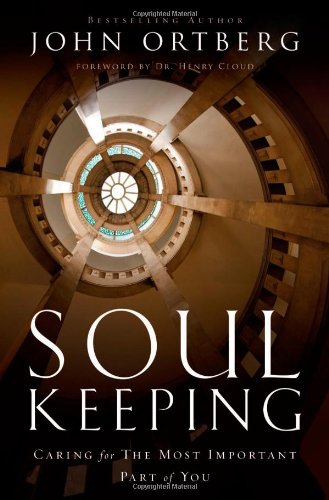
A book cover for Soul Keeping: Caring For the Most Important Part of You; John Ortberg; Christian Books & Bibles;